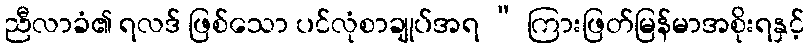
ညီလာခံ၏ ရလဒ် ဖြစ်သော ပင်လုံစာချုပ်အရ “ ကြားဖြတ်မြန်မာအစိုးရနှင့်